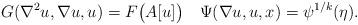
LaTeX: \begin{align*}G(\nabla^2 u,\nabla u, u) = F\big( A[u]\big) \quad\Psi(\nabla u, u, x) =\psi^{1/k}(\eta).\end{align*}